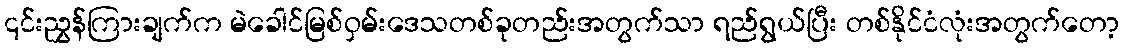
၎င်းညွှန်ကြားချက်က မဲခေါင်မြစ်ဝှမ်းဒေသတစ်ခုတည်းအတွက်သာ ရည်ရွယ်ပြီး တစ်နိုင်ငံလုံးအတွက်တော့